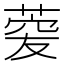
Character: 𦴯